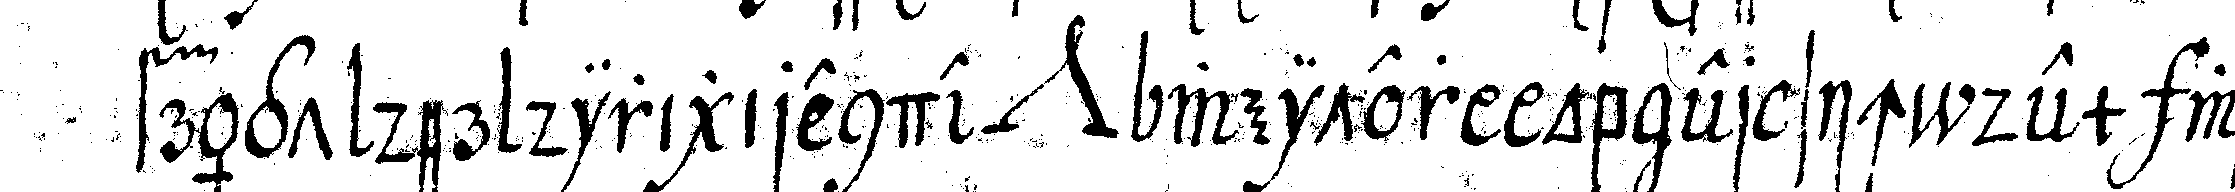
frägt der dirigirende *nee* weiter ob er sich dem was